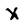
Character: X